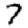
Digit: 7